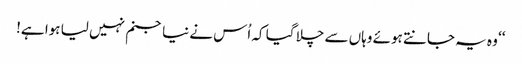
‘‘ وہ یہ جانتے ہوئے وہاں سے چلا گیا کہ اُس نے نیا جنم نہیں لیا ہوا ہے!